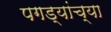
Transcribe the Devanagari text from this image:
पगड्यांच्या